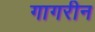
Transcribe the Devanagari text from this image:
गागरीन